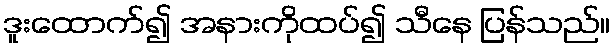
ဒူးထောက်၍ အနားကိုထပ်၍ သီနေ ပြန်သည်။